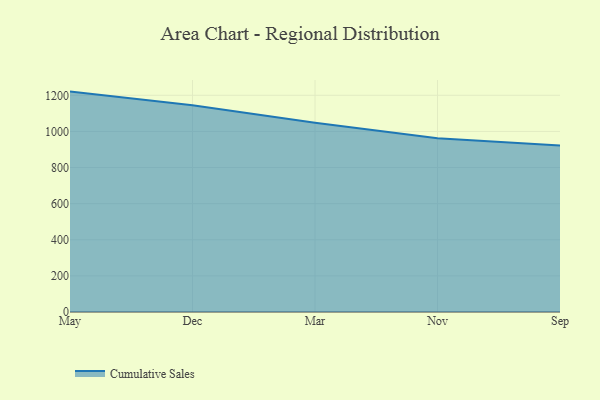
{"axis": {"x": "Month", "y": "Active Users"}, "legend": ["Cumulative Sales"], "data": [{"x": "May", "y": 1220.5, "type": "Cumulative Sales"}, {"x": "Dec", "y": 1145.2, "type": "Cumulative Sales"}, {"x": "Mar", "y": 1047.6, "type": "Cumulative Sales"}, {"x": "Nov", "y": 962.4, "type": "Cumulative Sales"}, {"x": "Sep", "y": 921.8, "type": "Cumulative Sales"}]}